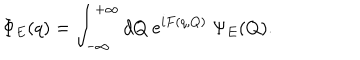
LaTeX: \Phi _ { E } ( q ) = \int _ { - \infty } ^ { + \infty } d Q ~ e ^ { i F ( q , Q ) } ~ \Psi _ { E } ( Q ) .